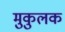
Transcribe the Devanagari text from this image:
मुकुलक